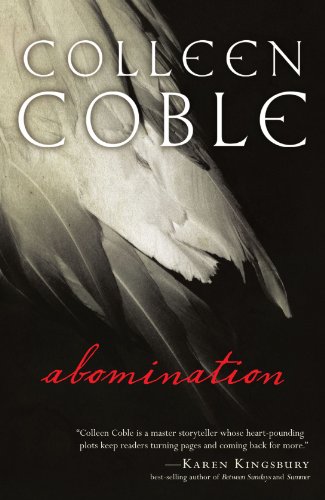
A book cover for Abomination; Colleen Coble; Religion & Spirituality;